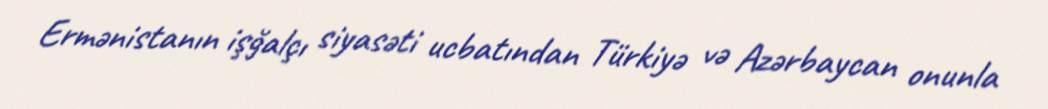
Ermənistanın işğalçı siyasəti ucbatından Türkiyə və Azərbaycan onunla